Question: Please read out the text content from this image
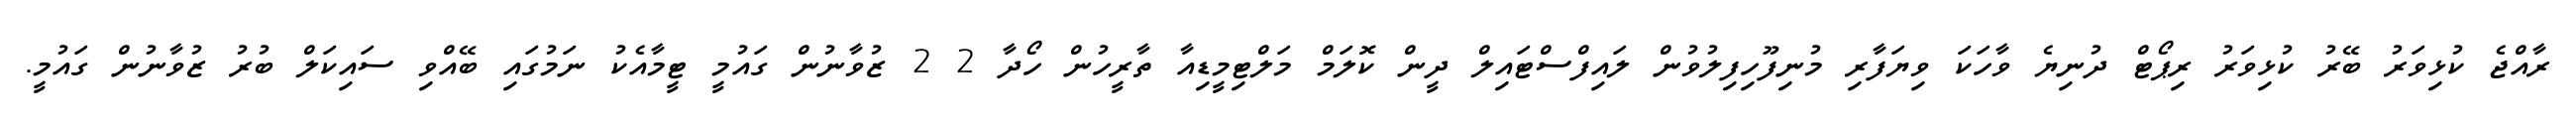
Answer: ރާއްޖެ ކުޅިވަރު ބޭރު ކުޅިވަރު ރިޕޯޓް ދުނިޔެ ވާހަކަ ވިޔަފާރި މުނިފޫހިފިލުވުން ލައިފްސްޓައިލް ދީން ކޮލަމް މަލްޓިމީޑިއާ ތާރީހުން ހޯދާ 2 2 ޒުވާނުން ގައުމީ ޓީމާއެކު ނަމުގައި ބޭއްވި ސައިކަލް ބުރު ޒުވާނުން ގައުމީ.